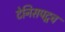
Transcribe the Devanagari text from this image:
टेनिसपटूच